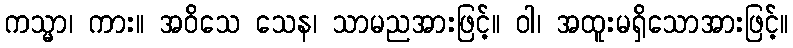
ကသ္မာ၊ ကား။ အဝိသေ သေန၊ သာမညအားဖြင့်။ ဝါ၊ အထူးမရှိသောအားဖြင့်။